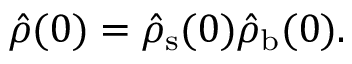
\hat { \rho } ( 0 ) = \hat { \rho } _ { \mathrm { s } } ( 0 ) \hat { \rho } _ { \mathrm { b } } ( 0 ) .